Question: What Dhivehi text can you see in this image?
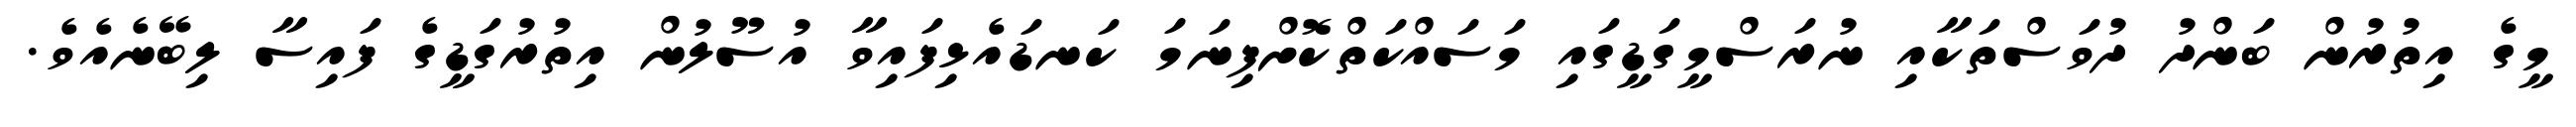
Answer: މީގެ އިތުރުން ބަންދު ދުވަސްތަކާއި ނުރަސްމީގަޑީގައި މަސައްކަތްކޮށްފިނަމަ ކަނޑައެޅިފައިވާ އުސޫލުން އިތުރުގަޑީގެ ފައިސާ ލިބޭނެއެވެ.